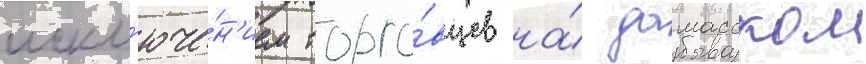
искл'юче́н'ием торго́вцев на́ дамасском